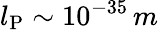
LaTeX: l_{\mathrm{P}}\sim 10^{-35}\, m